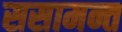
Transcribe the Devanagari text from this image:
ससामन्त